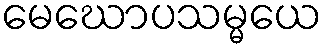
မေဃောပသမ္မယေ